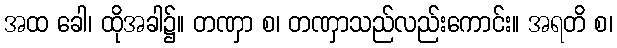
အထ ခေါ၊ ထိုအခါ၌။ တဏှာ စ၊ တဏှာသည်လည်းကောင်း။ အရတိ စ၊